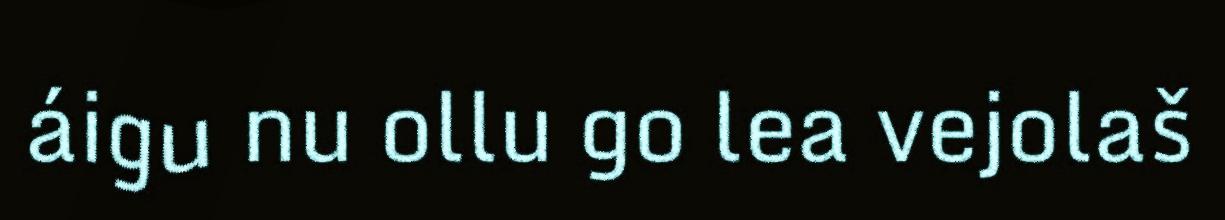
áigu nu ollu go lea vejolaš